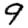
Digit: 9